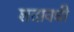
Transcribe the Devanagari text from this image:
शतावधी